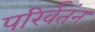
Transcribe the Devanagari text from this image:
परिर्वतंन